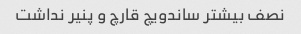
نصف بیشتر ساندویچ قارچ و پنیر نداشت